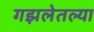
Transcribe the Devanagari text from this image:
गझलेतल्या